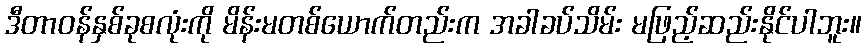
ဒီတာဝန်နှစ်ခုစလုံးကို မိန်းမတစ်ယောက်တည်းက အခါခပ်သိမ်း မဖြည့်ဆည်းနိုင်ပါဘူး။